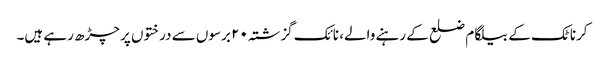
کرناٹک کے بیلگام ضلع کے رہنے والے، نائک گزشتہ ۲۰ برسوں سے درختوں پر چڑھ رہے ہیں۔